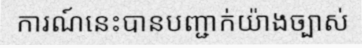
ការណ៍នេះបានបញ្ជាក់យ៉ាងច្បាស់